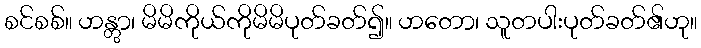
စင်စစ်။ ဟန္တွာ၊ မိမိကိုယ်ကိုမိမိပုတ်ခတ်၍။ ဟတော၊ သူတပါးပုတ်ခတ်၏ဟု။